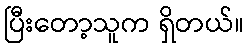
ပြီးတော့သူက ရှိတယ်။